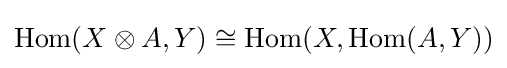
\mathrm {Hom} (X\otimes A,Y)\cong \mathrm {Hom} (X,\mathrm {Hom} (A,Y))